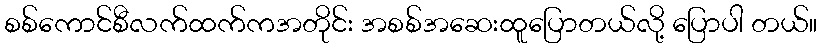
စစ်ကောင်စီလက်ထက်ကအတိုင်း အစစ်အဆေးထူပြောတယ်လို့ ပြောပါ တယ်။